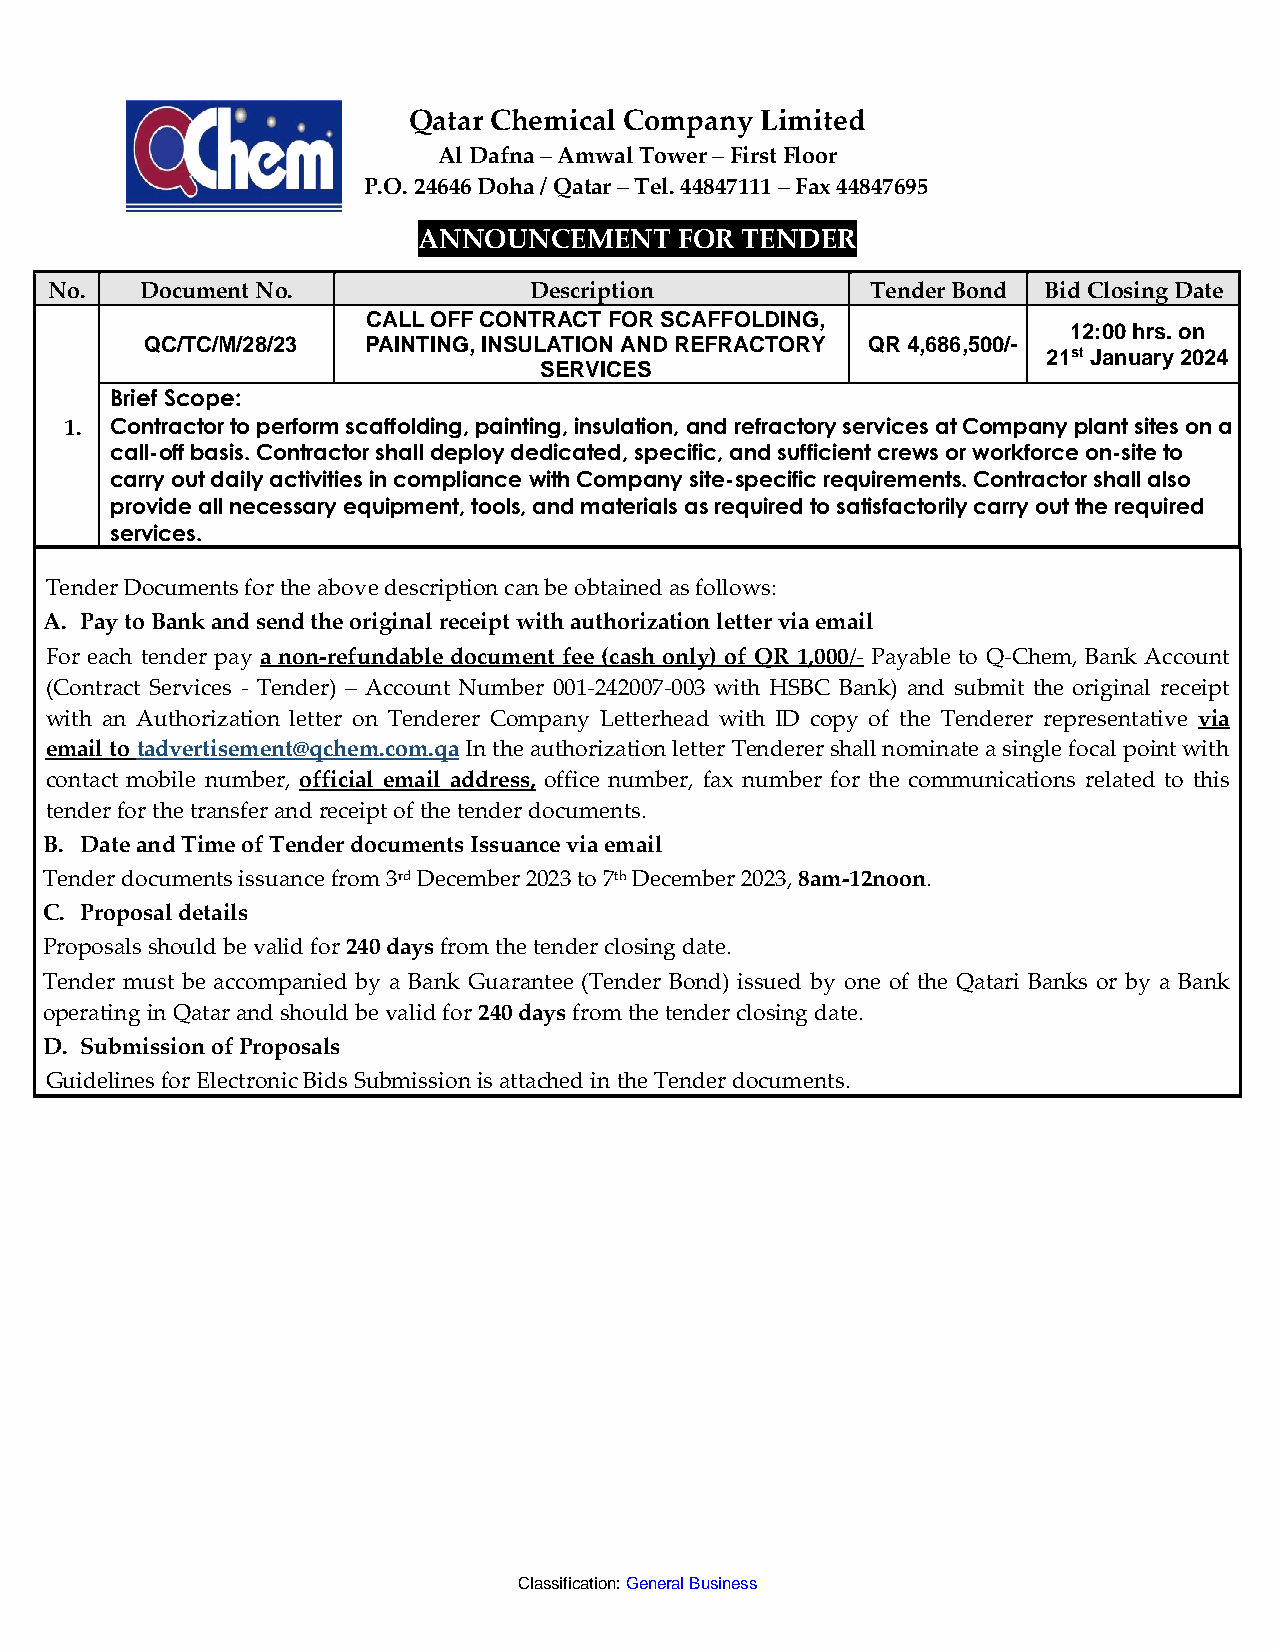
Qatar Chemical Company Limited
 Al Dafna – Amwal Tower – First Floor
 P.O. 24646 Doha / Qatar – Tel. 44847111 – Fax 44847695
 ANNOUNCEMENT     FOR TENDER
 No.   Document No.              Description            Tender Bond Bid Closing Date
 CALL OFF CONTRACT FOR SCAFFOLDING,
 12:00 hrs. on
 QC/TC/M/28/23 PAINTING, INSULATION AND REFRACTORY QR 4,686,500/-
 21st January 2024
 SERVICES
 Brief Scope:
 1. Contra ctor to perform scaffolding, painting, insulation, and refractory services at Company plant sites on a
 call-off basis. Contractor shall deploy dedicated, specific, and sufficient crews or workforce on-site to
 carry out daily activities in compliance with Company site-specific requirements. Contractor shall also
 provide all necessary equipment, tools, and materials as required to satisfactorily carry out the required
 services.
 Tender Documents for the above description can be obtained as follows:
 A. Pay to Bank and send the original receipt with authorization letter via email
 For each tender pay a non-refundable document fee (cash only) of QR 1,000/- Payable to Q-Chem, Bank Account
 (Contract Services - Tender) – Account Number 001-242007-003 with HSBC Bank) and submit the original receipt
 with an Authorization letter on Tenderer Company Letterhead with ID copy of the Tenderer representative via
 email to tadvertisement@qchem.com.qa In the authorization letter Tenderer shall nominate a single focal point with
 contact mobile number, official email address, office number, fax number for the communications related to this
 tender for the transfer and receipt of the tender documents.
 B. Date and Time of Tender documents Issuance via email
 Tender documents issuance from 3rd December 2023 to 7th December 2023, 8am-12noon.
 C. Proposal details
 Proposals should be valid for 240 days from the tender closing date.
 Tender must be accompanied by a Bank Guarantee (Tender Bond) issued by one of the Qatari Banks or by a Bank
 operating in Qatar and should be valid for 240 days from the tender closing date.
 D. Submission of Proposals
 Guidelines for Electronic Bids Submission is attached in the Tender documents.
 Classification: General Business